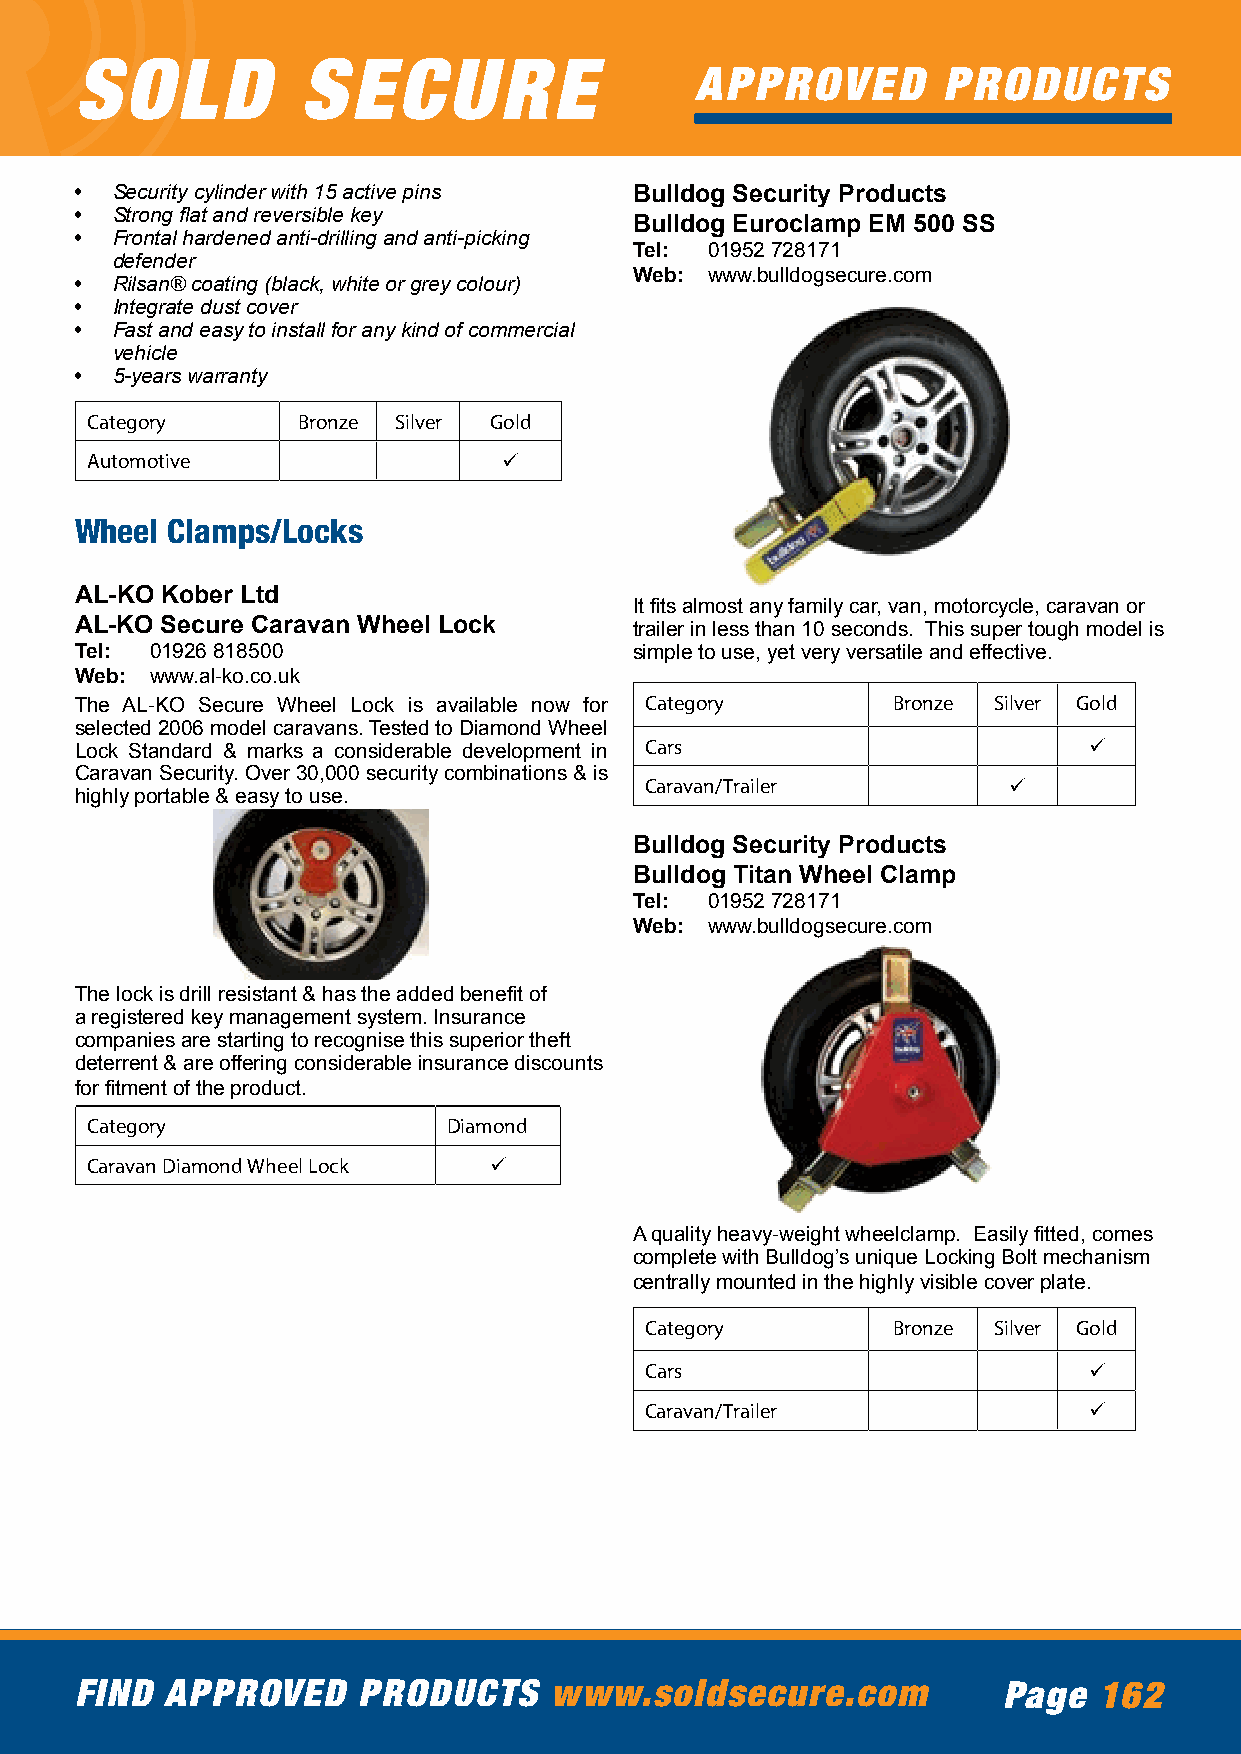
SOLD           SECURE
 APPROVED        PRODUCTS
 • Security cylinder with 15 active pins Bulldog Security Products
 • Strong flat and reversible key
 Bulldog Euroclamp EM 500 SS
 • Frontal hardened anti-drilling and anti-picking
 Tel: 01952 728171
 defender
 • Rilsan® coating (black, white or grey colour) Web: www.bulldogsecure.com
 • Integrate dust cover
 • Fast and easy to install for any kind of commercial
 vehicle
 • 5-years warranty
 Category      Bronze Silver Gold
 Automotive                 ü
 Wheel Clamps/Locks
 AL-KO Kober Ltd
 It fits almost any family car, van, motorcycle, caravan or
 AL-KO Secure Caravan Wheel Lock      trailer in less than 10 seconds. This super tough model is
 Tel: 01926 818500                    simple to use, yet very versatile and effective.
 Web: www.al-ko.co.uk
 The AL-KO Secure Wheel Lock is available now for Category Bronze Silver Gold
 selected 2006 model caravans. Tested to Diamond Wheel
 Lock Standard & marks a considerable development in Cars           ü
 Caravan Security. Over 30,000 security combinations & is
 Caravan/Trailer         ü
 highly portable & easy to use.
 Bulldog Security Products
 Bulldog Titan Wheel Clamp
 Tel: 01952 728171
 Web: www.bulldogsecure.com
 The lock is drill resistant & has the added benefit of
 a registered key management system. Insurance
 companies are starting to recognise this superior theft
 deterrent & are offering considerable insurance discounts
 for fitment of the product.
 Category                Diamond
 Caravan Diamond Wheel Lock ü
 A quality heavy-weight wheelclamp. Easily fitted, comes
 complete with Bulldog’s unique Locking Bolt mechanism
 centrally mounted in the highly visible cover plate.
 Category        Bronze Silver Gold
 Cars                         ü
 Caravan/Trailer              ü
 FIND  APPROVED     PRODUCTS    www.soldsecure.com            Page   162